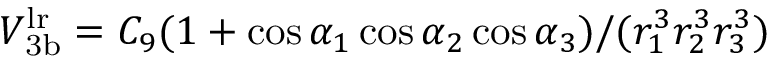
V _ { \mathrm { 3 b } } ^ { \mathrm { l r } } = C _ { 9 } ( 1 + \cos \alpha _ { 1 } \cos \alpha _ { 2 } \cos \alpha _ { 3 } ) / ( r _ { 1 } ^ { 3 } r _ { 2 } ^ { 3 } r _ { 3 } ^ { 3 } )